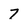
Character: 7